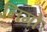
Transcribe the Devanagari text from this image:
निगो